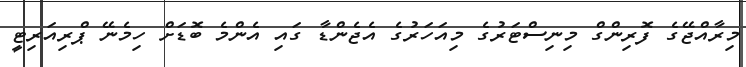
މިރާއްޖޭގެ ފޮރިންގް މިނިސްޓަރުގެ މިއަހަރުގެ އެޖެންޑާ ގައި އެންމެ ބޮޑަށް ހިމެނޭ ޕްރިއަރިޓީ